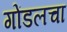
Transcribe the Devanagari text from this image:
गोंडलचा